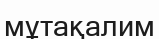
мұтақалим